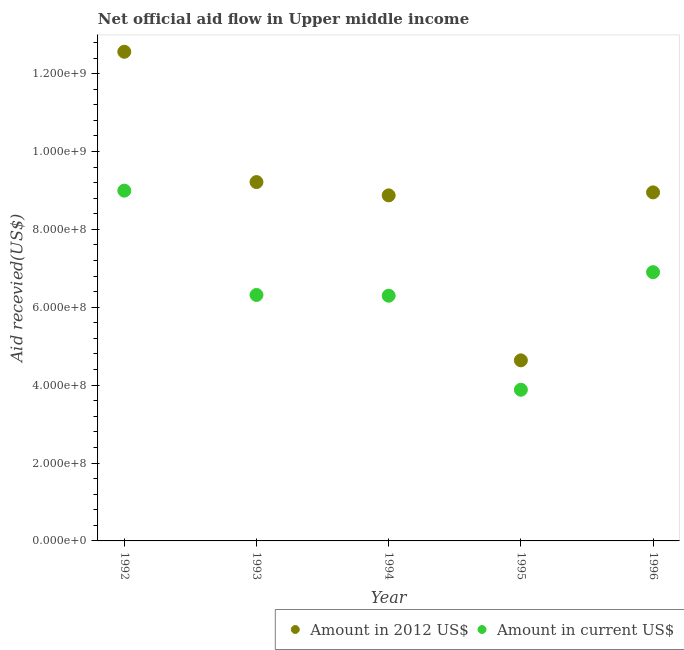
| Year | Amount in 2012 US$ | Amount in current US$ |
 | --- | --- | --- |
 | 1992 | 1.26e+09 | 8.99e+08 |
 | 1993 | 9.21e+08 | 6.32e+08 |
 | 1994 | 8.87e+08 | 6.3e+08 |
 | 1995 | 4.64e+08 | 3.88e+08 |
 | 1996 | 8.95e+08 | 6.9e+08 |